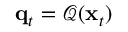
\mathbf { q } _ { t } = \mathcal { Q } ( \mathbf { x } _ { t } )